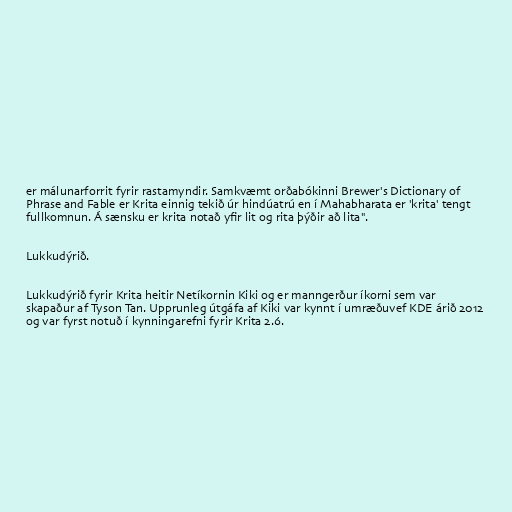
er málunarforrit fyrir rastamyndir. Samkvæmt orðabókinni Brewer's Dictionary of
Phrase and Fable er Krita einnig tekið úr hindúatrú en í Mahabharata er 'krita' tengt
fullkomnun. Á sænsku er krita notað yfir lit og rita þýðir að lita".

Lukkudýrið.

Lukkudýrið fyrir Krita heitir Netíkornin Kiki og er manngerður íkorni sem var
skapaður af Tyson Tan. Upprunleg útgáfa af Kiki var kynnt í umræðuvef KDE árið 2012
og var fyrst notuð í kynningarefni fyrir Krita 2.6.